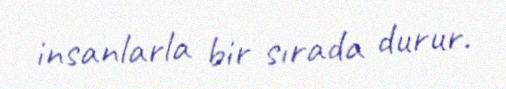
insanlarla bir sırada durur.